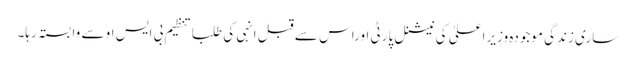
ساری زندگی موجودہ وزیراعلیٰ کی نیشنل پارٹی اوراس سے قبل انہی کی طلبا تنظیم بی ایس او سے وابستہ رہا۔